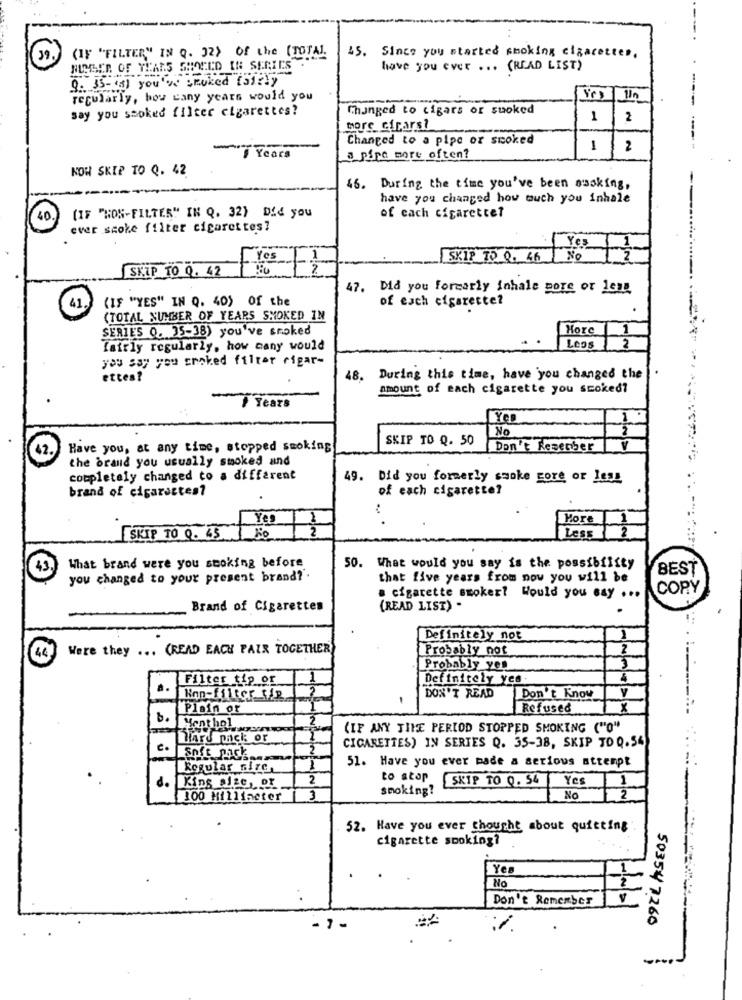
(IF "FILTER," IN Q. 32} of the (TOTAL.
45. Since you started smoking cigarettes.
NUMBER OF YEARS SHOULD IN SERIES
have you ever ... (READ LIST)
9. 35-ta) you're smoked fairly
regularly, how cany years would you
say you sooked filter cigarettes?
Changed to cigars or suoked
tore cirars?
Changed to a pipe or smoked
-
9 Years
1
2
a pipe more often?
NOW SKIP TO Q. 42
46. During the time you've been susking,
have you changed how much you inhale
(IF "NON-FILTER" IN Q. 32) Did you
of cach cigarette?
ever scoke filter cigarettes?
SKIP TO Q. 45 NO
Yes
SKIP TO 0. 42
Yes -2
47. Did you formarly inhale more or less
(IF "YES" IN Q. 40) of the
of each cigarette?
41.
.
(TOTAL NUMBER OF YEARS SMOKED IN
SERIES 0. 35-38) you've smoked
More
1
fairly regularly, how many would
Legs
2
you say you smoked filter rigar-
ettes?
48. During this time, have you changed the
amount of each cigarette you szoked?
# Years
Yes
No
2
SKIP TO Q. 50
Have you, at any time, stopped smoking
Don't Resecber
V
the brand you usually smoked and
completely changed to a different
49. Did you formerly smoke gore or less
brand of cigarettes?
of each cigarette?
Yes
More
2
SKIP TO 9. 45
Less
43
What brand were you smoking before
50. What would you say is the possibility
BEST
you changed to your present brand ?.
that five years from now you will be
COPY
a cigarette smokert Would you say ...
Brand of Cigarettes
(READ LIST) .
Definitely not
1
Were they ... (READ EACH PAIR TOGETHER
Probably not
2
44
Probably yes
3
Filter tip of
Definitely yes.
Hon-filter tip
DON'T READ
Don't Know
Plain or
Refused
X
Hent hol
(IF ANY TIME PERIOD STOPPED SMOKING ("0"
Hard pack or
CIGARETTES) IN SERIES Q. 35-38, SKIP TO 0.54
c.
Soft Pics
51. Have you ever made a serious attempt
Regular size,
12
to stop
SKIP TO Q. 54
Yes
do
King size, or
smoking?
100 Hilliacter
3
No
2
52. Have you ever thought about quitting
cigarette smoking?
Yes
No
2
Don't Remember
50354 7260
- 7-